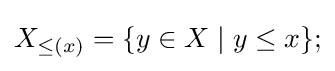
X_{\leq (x)}=\{y\in X\mid y\leq x\};